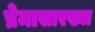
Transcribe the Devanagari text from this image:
प्रेमासारख्या